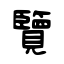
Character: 覽